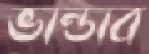
ভান্ডাব